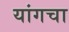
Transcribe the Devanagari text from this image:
यांगचा